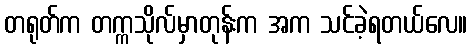
တရုတ်က တက္ကသိုလ်မှာတုန်းက အက သင်ခဲ့ရတယ်လေ။